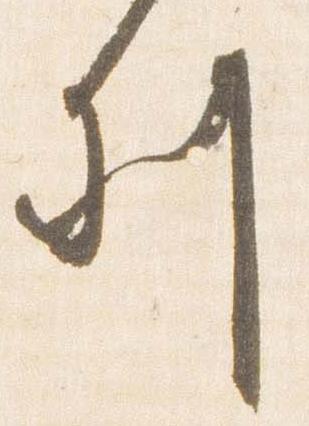
列